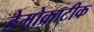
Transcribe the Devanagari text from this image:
डेमोक्राटीक